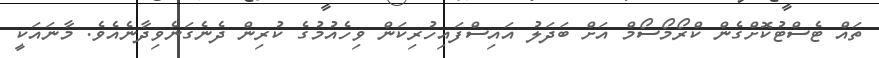
ތައް ޓެސްޓުކޮށްގެން ކްރޯމޯސޯމް އަށް ބަދަލު އައިސްފައިހުރިކަން ވިހެއުމުގެ ކުރިން ދެނެގަނެވިދާނެއެވެ. މާނައަކީ